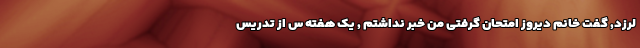
لرزد, گفت خانم دیروز امتحان گرفتی من خبر نداشتم , یک هفته س از تدریس